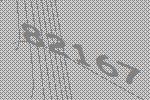
82167